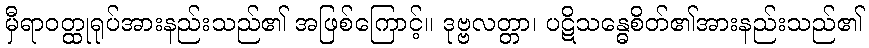
မှီရာဝတ္ထုရုပ်အားနည်းသည်၏ အဖြစ်ကြောင့်။ ဒုဗ္ဗလတ္တာ၊ ပဋိသန္ဓေစိတ်၏အားနည်းသည်၏